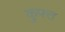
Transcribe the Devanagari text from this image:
कुफ्त